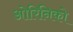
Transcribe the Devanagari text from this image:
ओरिनिको